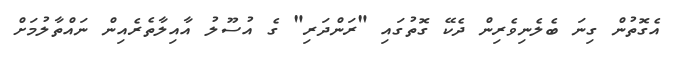
އެގޮތުން ގިނަ ބެލެނިވެރިން ދެކޭ ގޮތުގައި "ރަންދަރި" ގެ އުސޫލު އާއިލާތެރެއިން ނައްތާލުމަށް